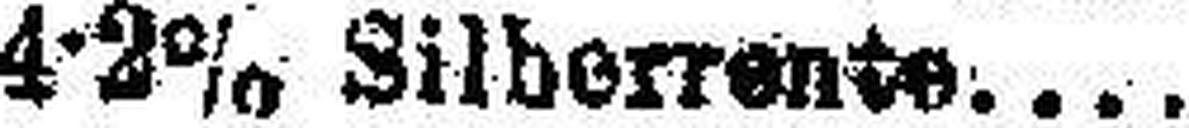
4 2% Silberrente....